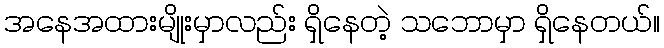
အနေအထားမျိုးမှာလည်း ရှိနေတဲ့ သဘောမှာ ရှိနေတယ်။